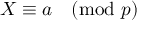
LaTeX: X \equiv a { \pmod { p } }